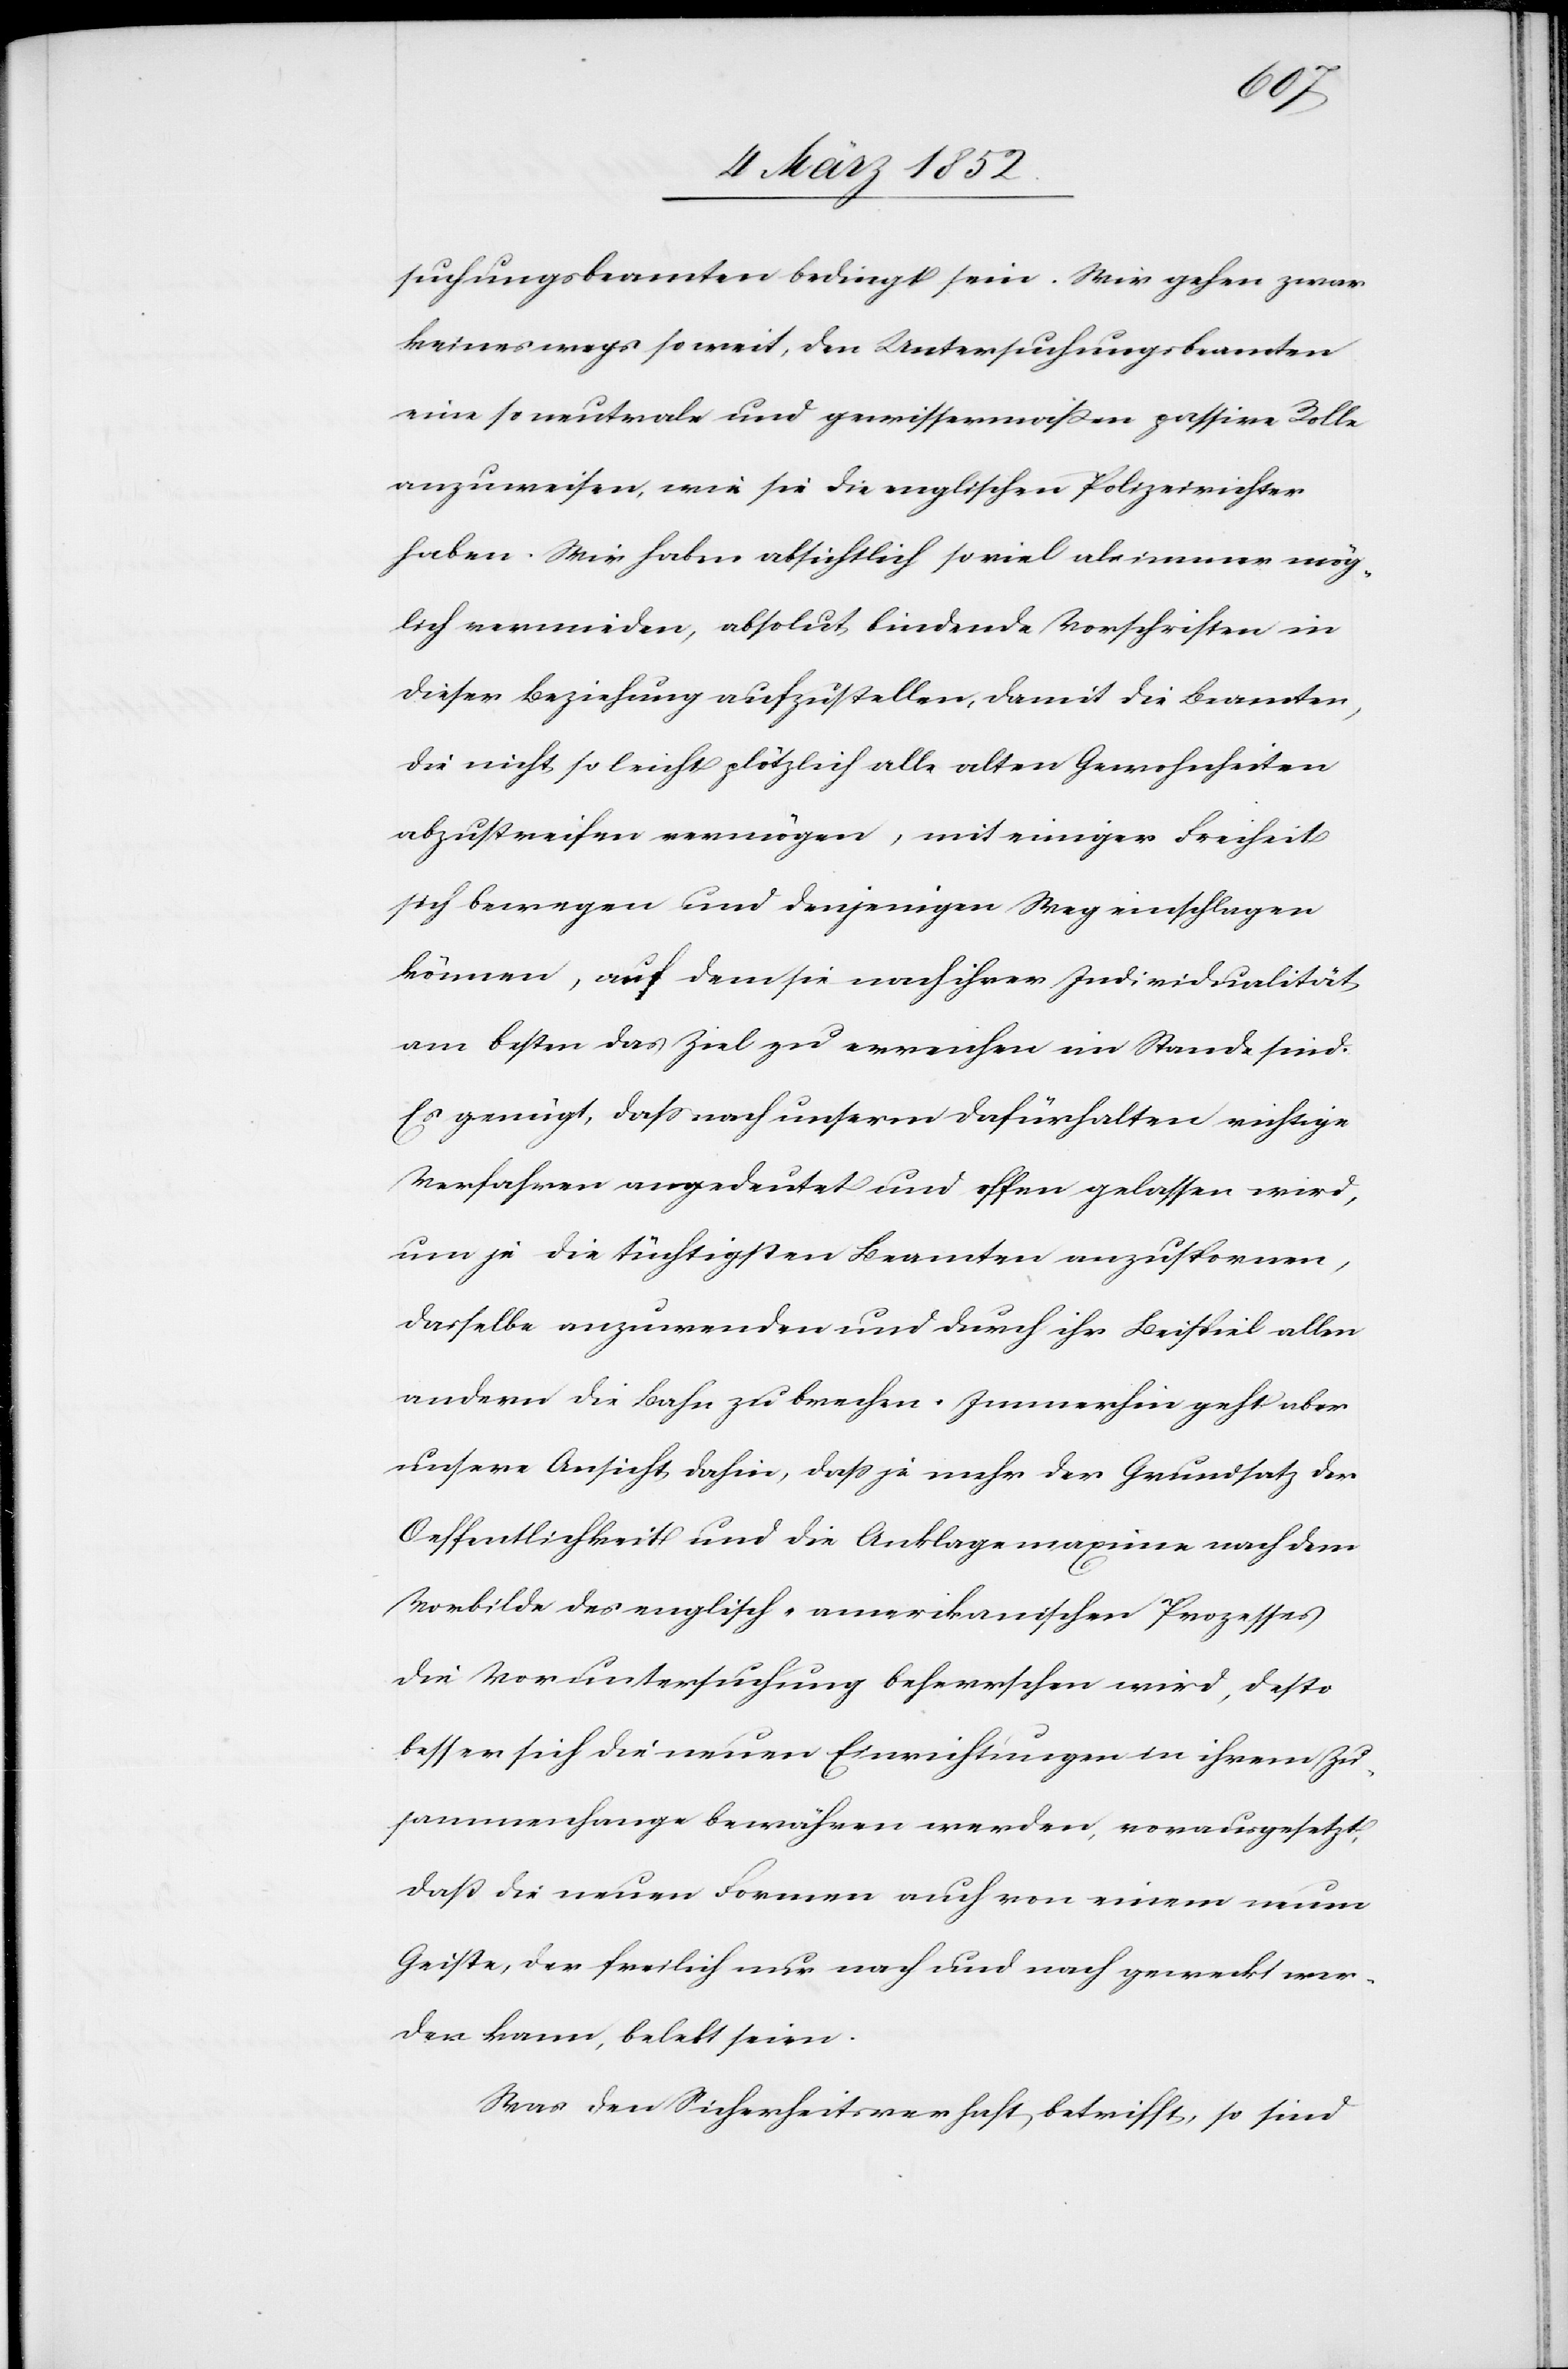
suchungsbeamten bedingt sein. Wir gehen zwar
keineswegs so weit, den Untersuchungsbeamten
eine so neutrale und gewissermaßen passive Rolle
anzuweisen, wie sie die englischen Polizeirichter
haben. Wir haben absichtlich so viel als immer mög¬
lich vermieden, absolut bindende Vorschriften in
dieser Beziehung aufzustellen, damit die Beamten,
die nicht so leicht plötzlich alle alten Gewohnheiten
abzustreifen vermögen, mit einiger Freiheit
sich bewegen und denjenigen Weg einschlagen
können, auf dem sie nach ihrer Individualität
am besten das Ziel zu erreichen im Stande sind.
Es genügt, daß nach unserm Dafürhalten richtige
Verfahren angedeutet und offen gelassen wird,
um je die tüchtigsten Beamten anzuspornen,
dasselbe anzuwenden und durch ihr Beispiel allen
andern die Bahn zu brechen. Immerhin geht aber
unsere Ansicht dahin, daß je mehr der Grundsatz der
Oeffentlichkeit und die Anklagemaxime nach dem
Vorbilde des englisch-amerikanischen Prozesses
die Voruntersuchung beherrschen wird, desto
besser sich die neuen Einrichtungen in ihrem Zu¬
sammenhange bewähren werden, vorausgesetzt,
daß die neuen Formen auch von einem neuen
Geiste, der freilich nur nach und nach geweckt wer¬
den kann, belebt seien.
Was den Sicherheitsverhaft betrifft, so sind